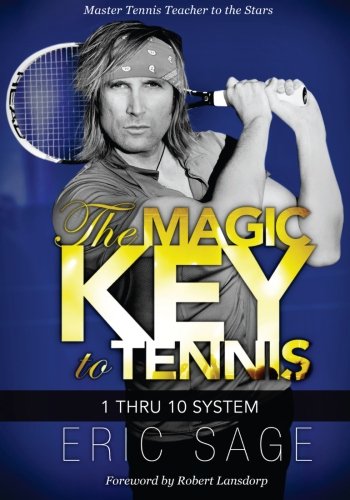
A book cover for The Magic Key to Tennis: 1 Thru 10 System; Eric Sage; Sports & Outdoors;